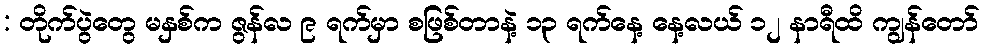
: တိုက်ပွဲတွေ မနှစ်က ဇွန်လ ၉ ရက်မှာ စဖြစ်တာနဲ့ ၁၃ ရက်နေ့ နေ့လယ် ၁၂ နာရီထိ ကျွန်တော်